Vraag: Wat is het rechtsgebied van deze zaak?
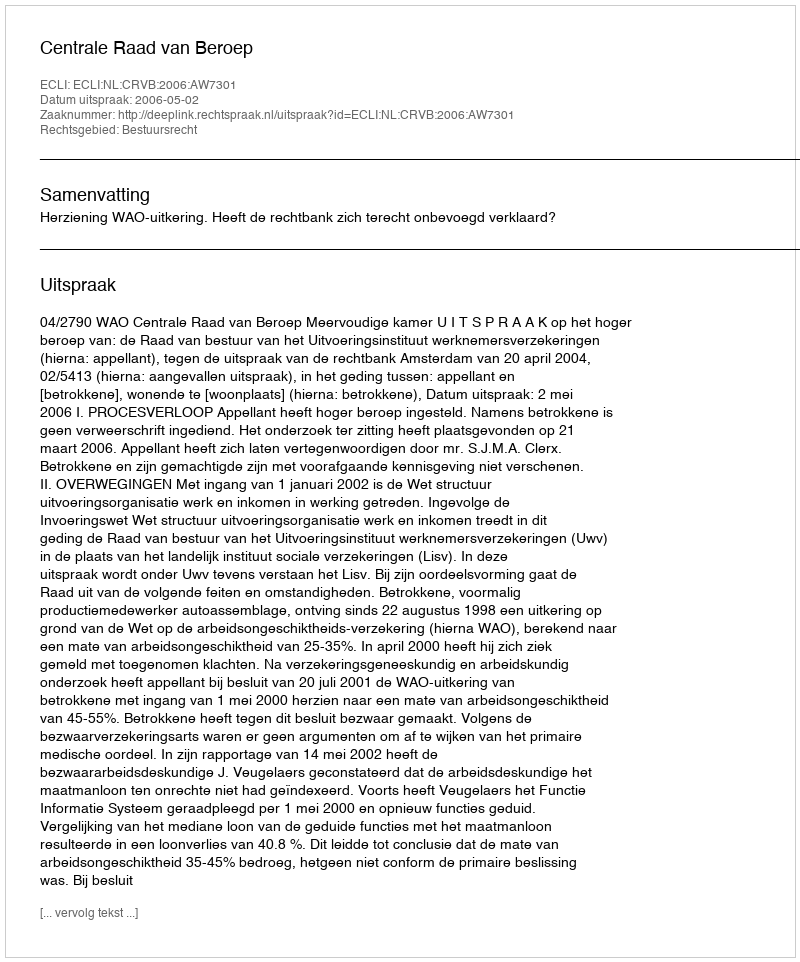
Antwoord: Bestuursrecht